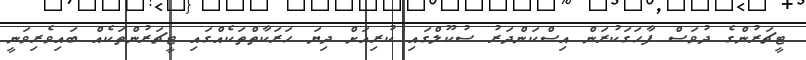
ޓީޗަރުންގެ ދުވަސް ފާހަގަކުރަން އިސްކަންދަރު ސުކޫލްގައި ކުރިއަށް ދިޔަ ހަރަކާތްތަކެއްގައި ޓީޗަރުންތަކެއް ބައިވެރިވަނީ